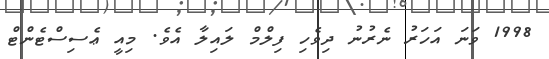
1998 ވަނަ އަހަރު ނެރުނު ދިވެހި ފިލްމް ލައިލާ އެވެ. މިއީ ޢެސިސްޓެންޓް